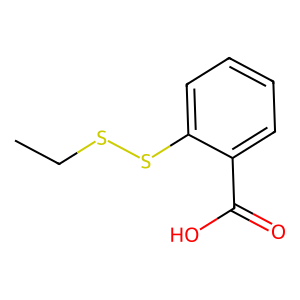
SMILES: CCSSc1ccccc1C(=O)O
Inhibits HIV replication: No